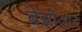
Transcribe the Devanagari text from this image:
बेझोआर